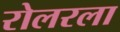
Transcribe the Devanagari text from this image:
रोलरला